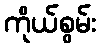
ကိုယ်စွမ်း